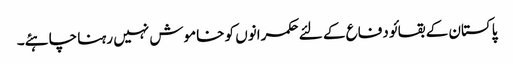
پاکستان کے بقا ئو دفاع کے لئے حکمرانوں کو خاموش نہیں رہنا چاہئے۔